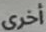
أخرى